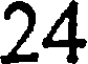
24